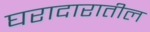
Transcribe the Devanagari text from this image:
घरादारातील